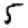
Digit: 5